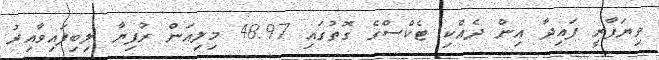
ވިޔަފާރީ ފައިދާ އިން ދެއްކި ޓެކްސްގެ ގޮތުގައި 48.97 މިލިއަން ރުފިޔާ ލިބިފައިވާއިރު